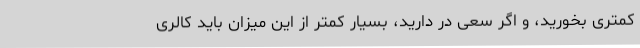
کمتری بخورید، و اگر سعی در دارید، بسیار کمتر از این میزان باید کالری